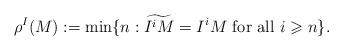
LaTeX: \begin{align*}\rho^I(M) := \min\{n : \widetilde{I^{i}M}=I^iM ~\mbox{for all} ~i\geqslant n \}.\end{align*}